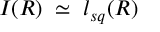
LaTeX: I ( R ) \; \simeq \; l _ { s q } ( R )